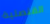
القنصلية